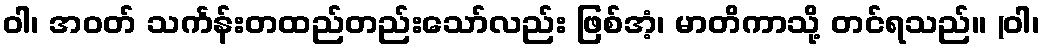
ဝါ၊ အဝတ် သင်္ကန်းတထည်တည်းသော်လည်း ဖြစ်အံ့၊ မာတိကာသို့ တင်ရသည်။ (ဝါ၊